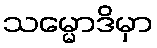
သမ္မောဒိမှာ